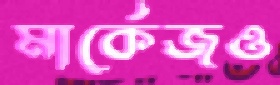
মার্কেজও